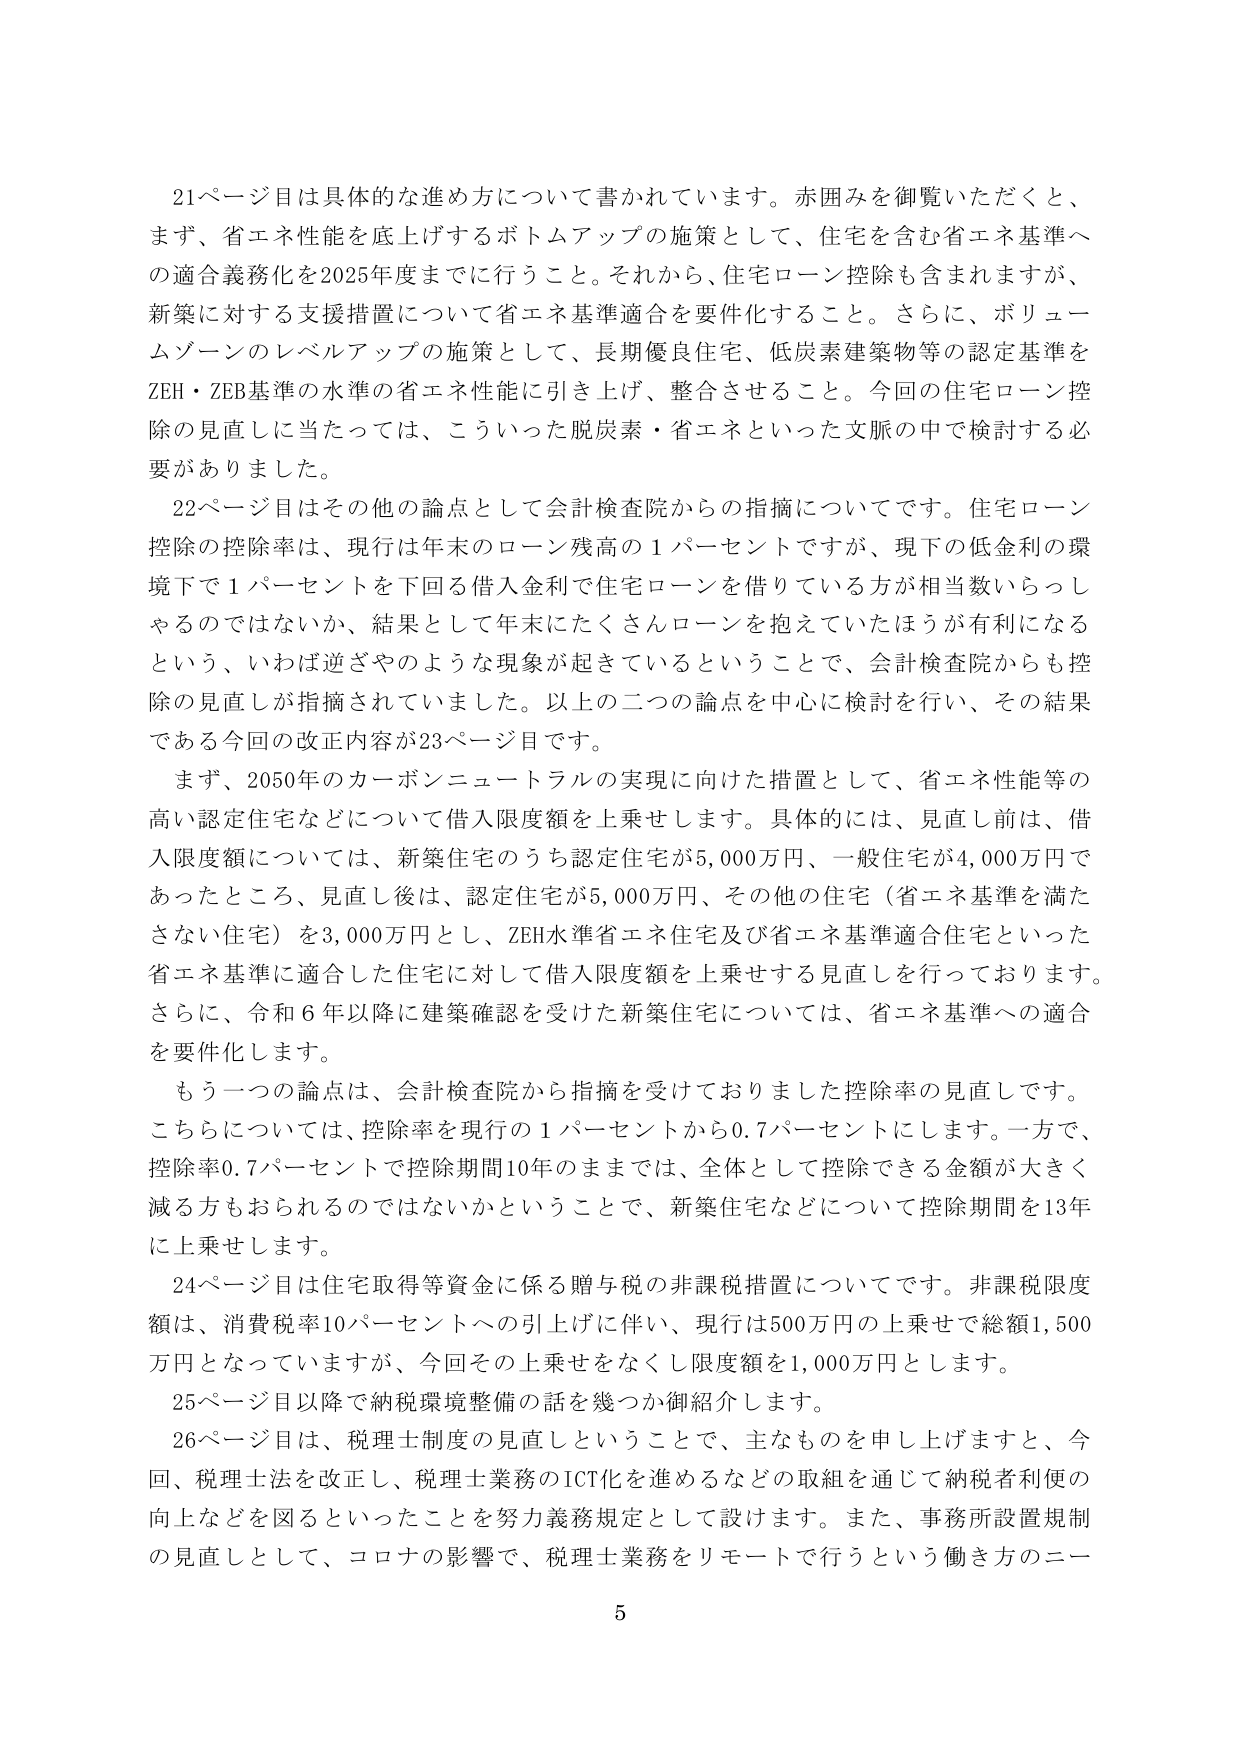
21ページ目は具体的な進め方について書かれています。赤囲みを御覧いただくと、まず、省エネ性能を底上げするボトムアップの施策として、住宅を含む省エネ基準への適合義務化を2025年度までに行うこと。それから、住宅ローン控除も含まれますが、新築に対する支援措置について省エネ基準適合を要件化すること。さらに、ボリュームゾーンのレベルアップの施策として、長期優良住宅、低炭素建築物等の認定基準をZEH・ZEB基準の水準の省エネ性能に引き上げ、整合をさせること。今回の住宅ローン控除の見直しに当たっては、こういった脱炭素・省エネといった文脈の中で検討する必要がありました。

22ページ目はその他の論点として会計検査院からの指摘についてです。住宅ローン控除の控除率は、現行は年末のローン残高の1パーセントですが、現下の低金利の環境下で1パーセントを下回る借入金利で住宅ローンを借りている方が相当数いらっしゃるのではないか、結果として年末にたくさんローンを抱えていたほうが有利になるという、いわば逆ざやのような現象が起きているということで、会計検査院からも控除の見直しが指摘されていました。以上の二つの論点を中心に検討を行い、その結果である今回の改正内容が23ページ目です。

まず、2050年のカーボンニュートラルの実現に向けた措置として、省エネ性能等の高い認定住宅などについて借入限度額を上乗せします。具体的には、見直し前は、借入限度額については、新築住宅のうち認定住宅が5,000万円、一般住宅が4,000万円であったところ、見直し後は、認定住宅が5,000万円、その他の住宅（省エネ基準を満たさない住宅）を3,000万円とし、ZEH水準省エネ住宅及び省エネ基準適合住宅といった省エネ基準に適合した住宅に対して借入限度額を上乗せする見直しを行っております。さらに、令和6年以降に建築確認を受けた新築住宅については、省エネ基準への適合を要件化します。

もう一つの論点は、会計検査院から指摘を受けておりました控除率の見直しです。こちらについては、控除率を現行の1パーセントから0.7パーセントにします。一方で、控除率0.7パーセントで控除期間10年のままでは、全体として控除できる金額が大きく減る方もおられるのではないかということで、新築住宅などについて控除期間を13年に上乗せします。

24ページ目は住宅取得等資金に係る贈与税の非課税措置についてです。非課税限度額は、消費税率10パーセントへの引上げに伴い、現行は500万円の上乗せで総額1,500万円となっていますが、今回その上乗せをなくし限度額を1,000万円とします。

25ページ目以降で納税環境整備の話を幾つか御紹介します。

26ページ目は、税理士制度の見直しということで、主なものを申し上げますと、今回、税理士法を改正し、税理士業務のICT化を進めるなどの取組を通じて納税者利便の向上などを図るといったことを努力義務規定として設けます。また、事務所設置規制の見直しとして、コロナの影響で、税理士業務をリモートで行うという働き方のニー

5